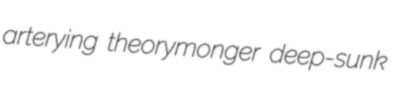
arterying theorymonger deep-sunk